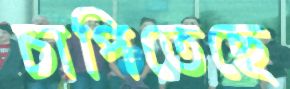
চাপিতেছে